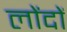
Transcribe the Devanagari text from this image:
लोंदों